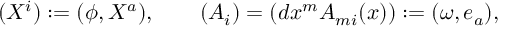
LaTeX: ( X ^ { i } ) : = ( \phi , X ^ { a } ) , \qquad ( A _ { i } ) = ( d x ^ { m } A _ { m i } ( x ) ) : = ( \omega , e _ { a } ) ,